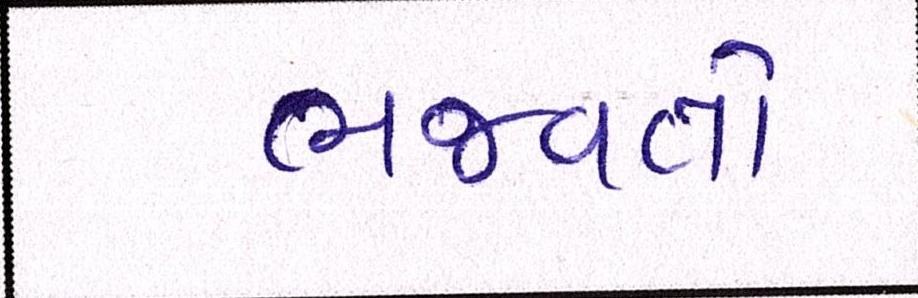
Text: ભજવતો